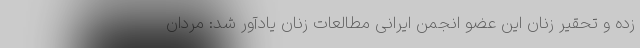
زده و تحقیر زنان این عضو انجمن ایرانی مطالعات زنان یادآور شد: مردان